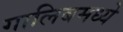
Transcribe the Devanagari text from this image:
गालिबमध्ये